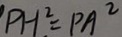
P H ^ { 2 } = P A ^ { 2 }